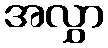
အလွှာ